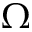
\Omega